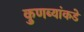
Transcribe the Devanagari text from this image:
कुणब्यांकडे